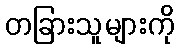
တခြားသူများကို